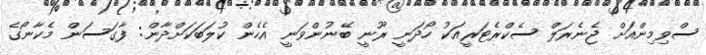
ސްވިމިންއަށް ޖެނެރަލް ސެކްރެޓަރީއަކު ހޯދަނީ ރޫނީ ބޭނުންވަނީ އެހެން ކުލަބަކަށްދާން: ފާގަސަން މެކާނޯގެ